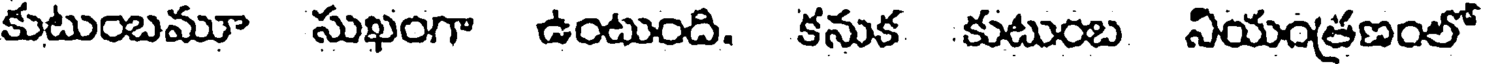
కుటుంబమూ సుఖంగా ఉంటుంది. కనుక కుటుంబ నియంత్రణంలో